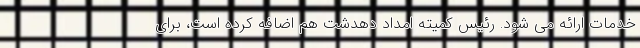
خدمات ارائه می شود. رئیس کمیته امداد دهدشت هم اضافه کرده است، برای